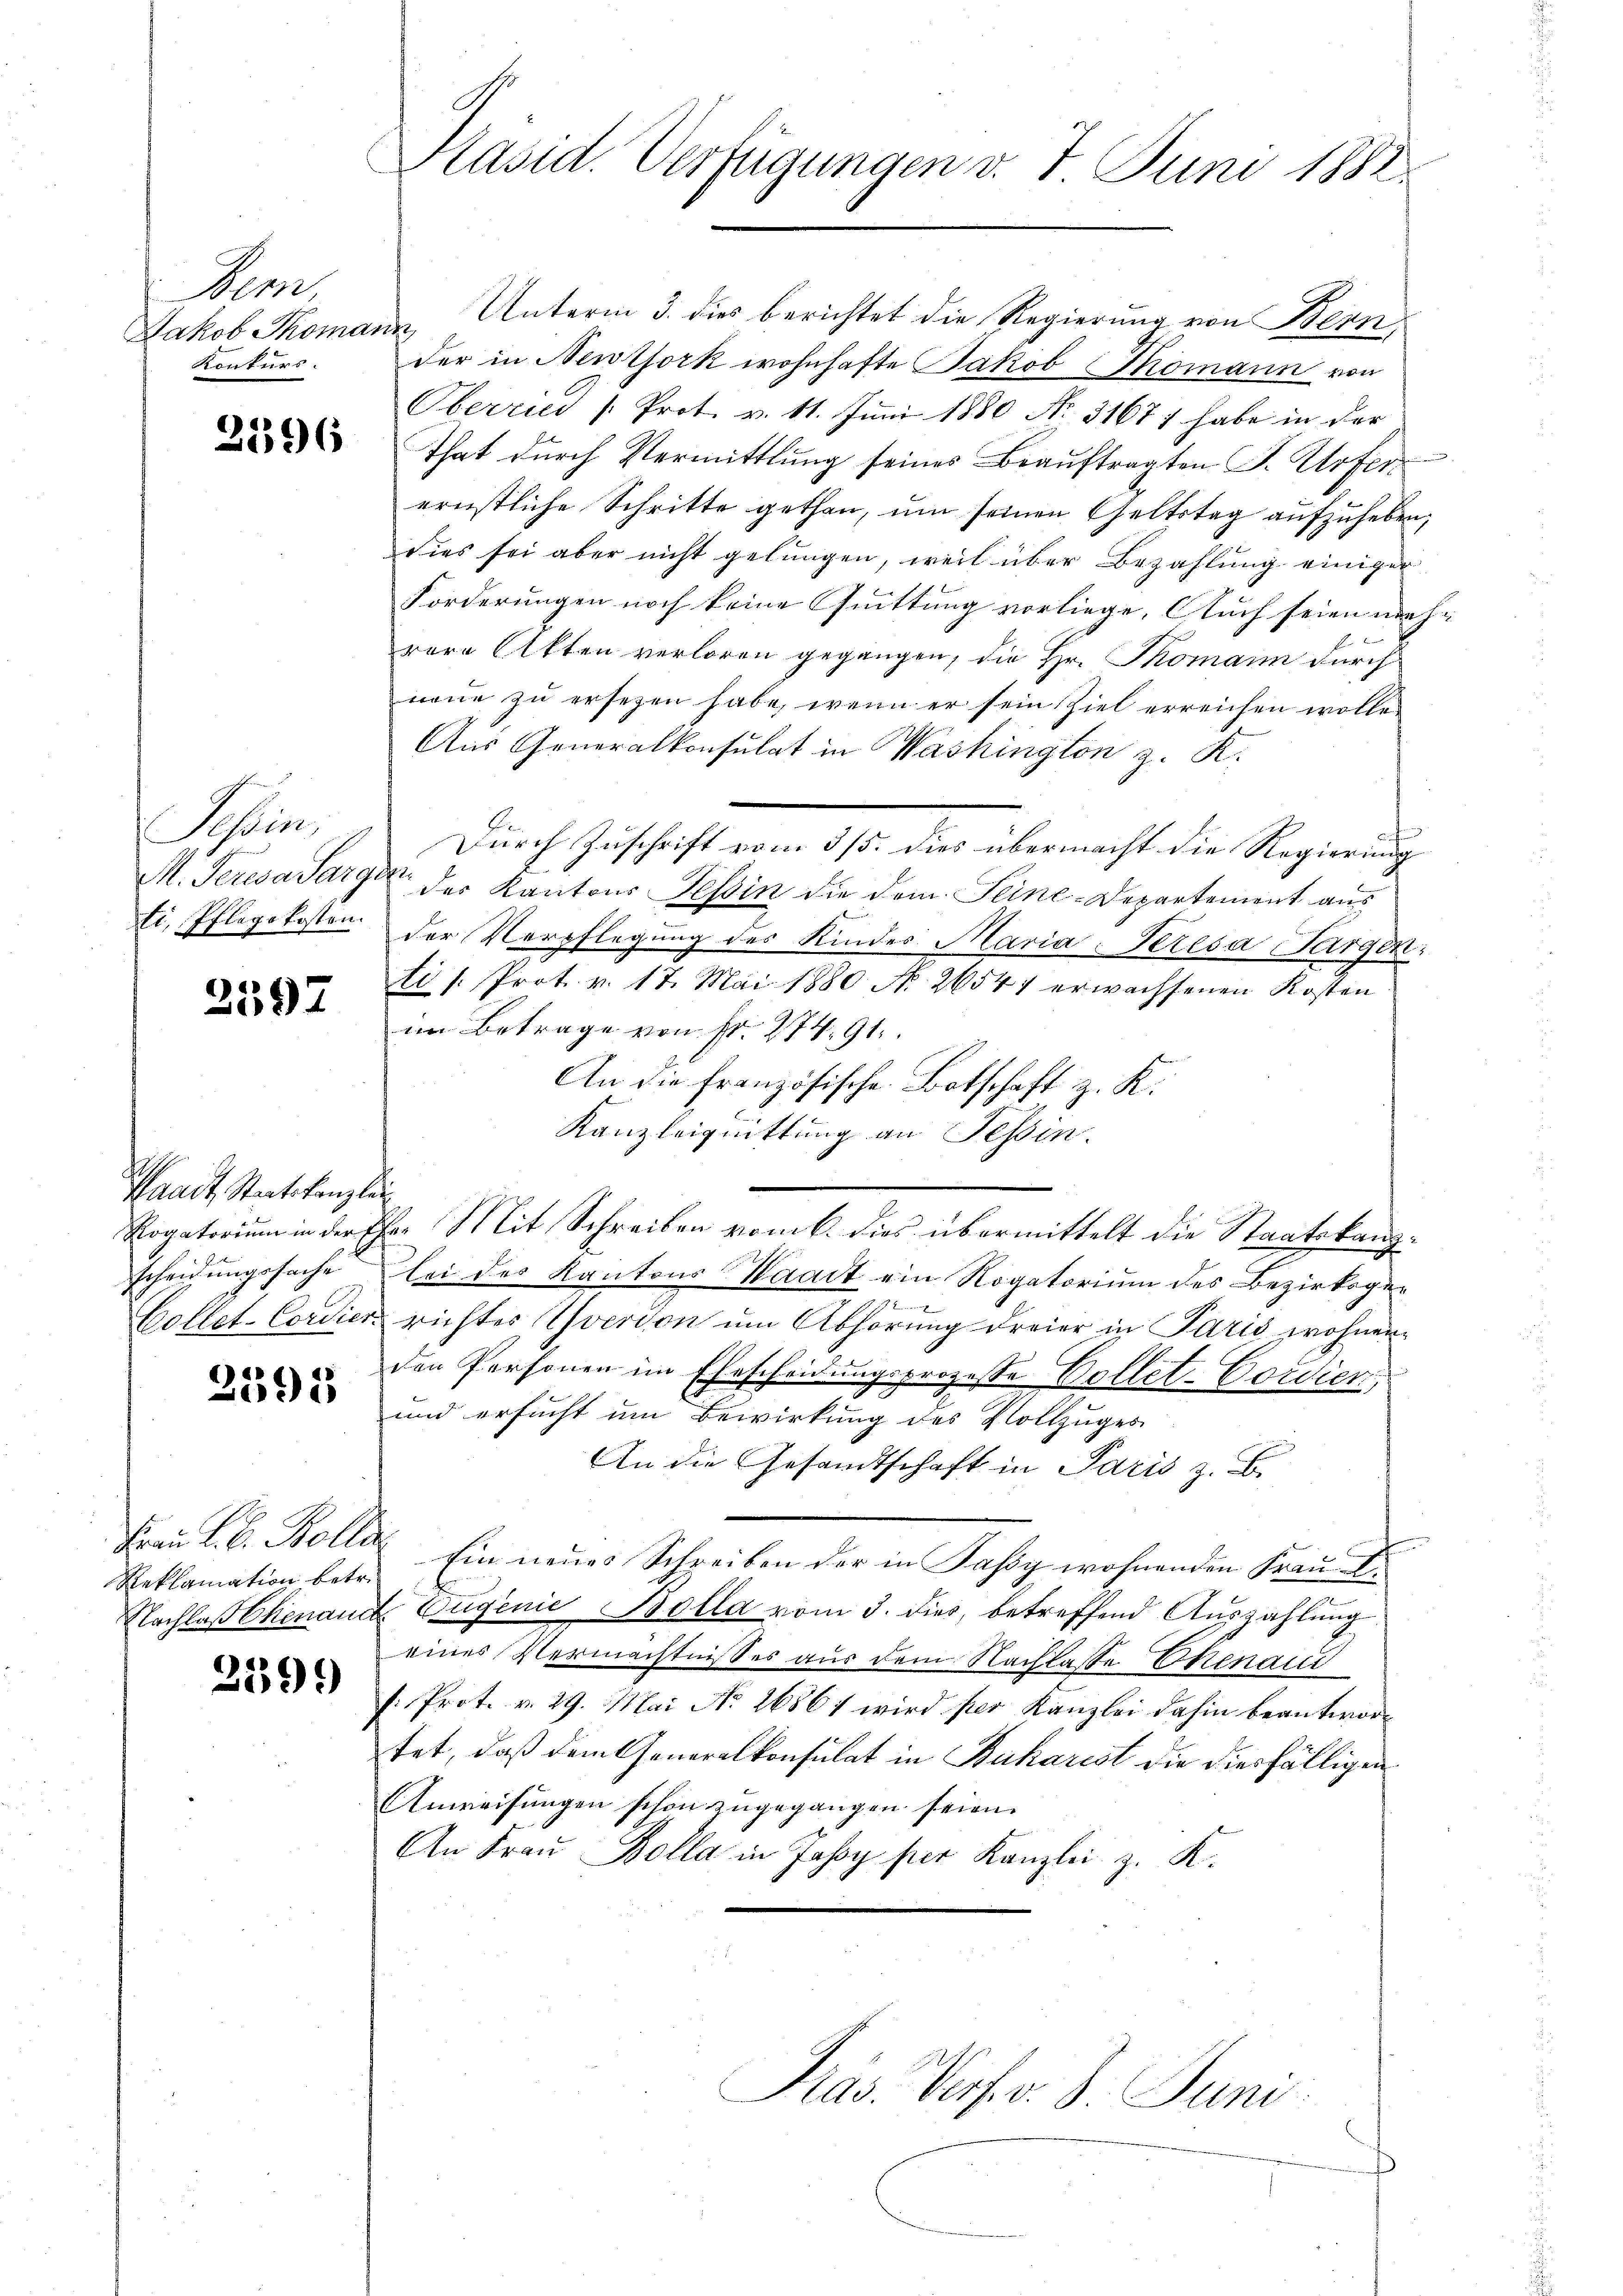
Bern,
Konkurs.

2396

Tessin
M. Peresa Sargen
ti, Pflegekosten.

2597

Waadt, Staatskanzlei
scheidungssache
Collet-Cordier.

2595

Reklamation betr.

259.

Päsid. Verfügungen d. 7. Juni 1882

Jakob Thomann, Unterm 3. dies berichtet die Regierung von Bern,
der in Neuthork wohnhafte Jakob Thomann von
Oberried /: Prot. v. 11. Juni 1880 No. 31677 habe in der
that durch Vermittlung seines Beauftragten S. Urfer
ernstliche Schritte gethan, um seinen Geltstag aufzuheben,
dies sei aber nicht gelungen, weil über Bezahlung einiger
Forderungen noch keine Quittung vorliege. Auch seien nach-

E.
rere Otten verloren gegangen, die Hr. Thomann durch
neue zu ersezen habe, wenn er sein Ziel erreichen wolle.
Aus Generalkonsulat in Washington z. K.
Durch Zuschrift vom 3/5. dies übermacht die Regierung
 des Kantons Tessin die dem Seine-Departement aus
der Verpflegung des Kinder Maria-Teresa Jargen:
ti /: Prot. v. 17. Mai 1880 No 26547 erwachsenen Kosten
im Betrage von Fr. 274. 91.
An die französische Botschaft z. K.
Kanzleiquittung an Tessin.
Rogatorium in der Ehe. Mit Schreiben vom 6. dies übermittelt die Staatskanzlei des Kantons Waadt ein Rogatorium des Bezirksgerichtes vervon um Abhörung dreier in Paris wohnenden Personen im Ehescheidungsprozesse Collet-Cordien
und ersucht um Bewirkung des Vollzuges
An die Gesandtschaft in Paris z. B.
Frau L.B. Bolle Ein neues Schreiben der in Passy wohnenden Frau et¬
Nachlaß Chinaud, Eugenie Bolla vom 3. dies, betreffend Auszahlung
eines Vermächtnisses aus dem Nachlasse Ekenaus
f Prot. v. 29. Mai No 26861 wird per Kanzlei dahin beantwortet, daß dem Generalkonsulat in Baharest die diesfälligen
Anweisungen schon zugegangen seien.
An Frau Kolla in Jassy per Kanzlei z. K.
Präs. Verfv. 8. Juni